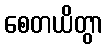
စေတယိတွာ